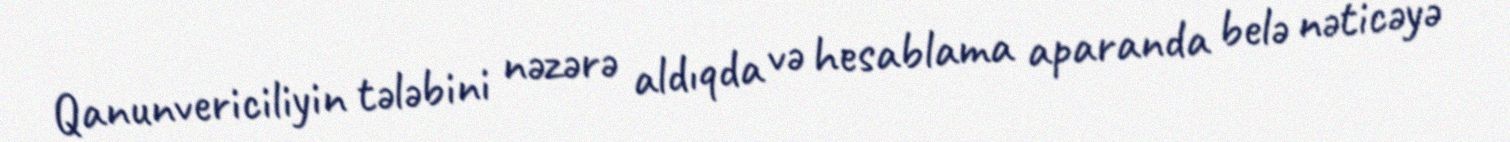
Qanunvericiliyin tələbini nəzərə aldıqda və hesablama aparanda belə nəticəyə